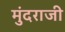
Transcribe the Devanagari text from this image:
मुंदराजी